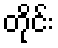
တိုင်း